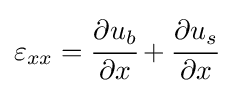
\varepsilon _{xx}={\cfrac {\partial u_{b}}{\partial x}}+{\cfrac {\partial u_{s}}{\partial x}}